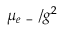
\mu _ { e \mathrm { ~ - ~ } } / g ^ { 2 }